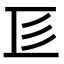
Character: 𢒅